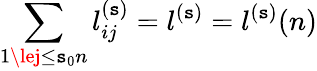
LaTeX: \sum_{1\lej\le\mathtt{s}_{0}n}l_{ij}^{(\mathtt{s})}=l^{(\mathtt{s})}=l^{(\mathtt{s})}(n)